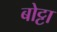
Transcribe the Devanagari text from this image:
बोट्टा